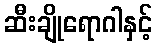
ဆီးချိုရောဂါနှင့်